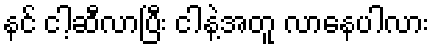
နင် ငါ့ဆီလာပြီး ငါနဲ့အတူ လာနေပါလား